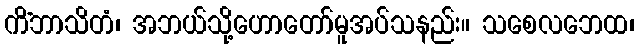
ကိံဘာသိတံ၊ အဘယ်သို့ဟောတော်မူအပ်သနည်း။ သစေလဘေထ၊